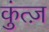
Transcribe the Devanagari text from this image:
कुंत्ज़